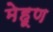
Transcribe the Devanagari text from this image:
मेहूण